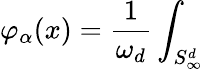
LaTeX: \varphi_{\alpha}(x)=\frac{1}{\omega_{d}}\int_{S_{\infty}^{d}}